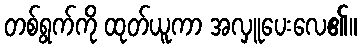
တစ်ရွက်ကို ထုတ်ယူကာ အလှူပေးလေ၏။